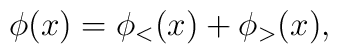
\phi(x) = \phi_<(x) + \phi_>(x),